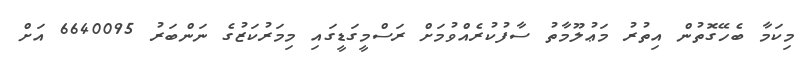
މިކަމާ ބެހޭގޮތުން އިތުރު މަޢުލޫމާތު ސާފުކުރެއްވުމަށް ރަސްމީގަޑީގައި މިމަރުކަޒުގެ ނަންބަރު 6640095 އަށް